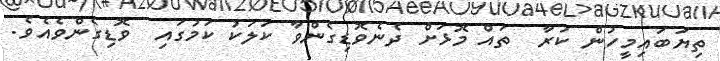
ތިޔަބައިމީހުން ކުރާ  ތައް މޮޅަށް ދެނެވޮޑިގެންވާ ކަލަކު ކަމުގައި  ވޮޑިގެންވެއެވެ.